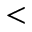
<